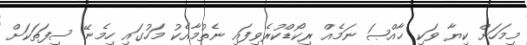
މިމަހަށް ކިޔާ ވަކި ޚާއްޞަ ނަމެއް ރިކޯޑްކުރެވިފައި ނެތުމާއެކު މަހުގައި ހިމެނޭ ސިފަތަކަށް